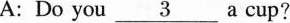
A:Do you \underline{3} a cup?